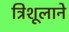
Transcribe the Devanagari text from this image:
त्रिशूलाने